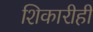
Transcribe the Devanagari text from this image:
शिकारीही